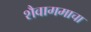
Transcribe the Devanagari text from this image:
शैवागमाचा